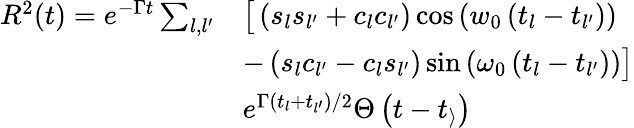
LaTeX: \begin{array}{rl}{R^{2}(t)=e^{-\Gamma t}\sum_{l,l^{\prime}}}&{\big[\left(s_{l}s_{l^{\prime}}+c_{l}c_{l^{\prime}}\right)\cos\left(w_{0}\left(t_{l}-t_{l^{\prime}}\right)\right)}\\ &{-\left(s_{l}c_{l^{\prime}}-c_{l}s_{l^{\prime}}\right)\sin\left(\omega_{0}\left(t_{l}-t_{l^{\prime}}\right)\right)\big]}\\ &{e^{\Gamma\left(t_{l}+t_{l^{\prime}}\right)/2}\Theta\left(t-t_{\rangle}\right)}\end{array}